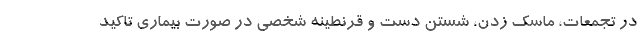
در تجمعات، ماسک زدن، شستن دست و قرنطینه شخصی در صورت بیماری تاکید